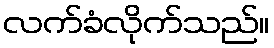
လက်ခံလိုက်သည်။